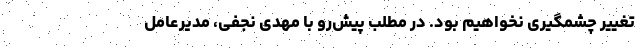
تغییر چشمگیری نخواهیم بود. در مطلب پیش‌رو با مهدی نجفی، مدیرعامل